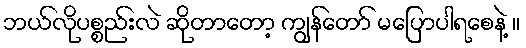
ဘယ်လိုပစ္စည်းလဲ ဆိုတာတော့ ကျွန်တော် မပြောပါရစေနဲ့ ။